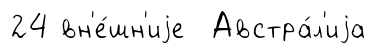
24 вн'е́шн'иjе Австра́л'иjа